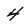
Character: 4